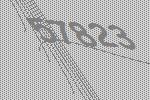
57823